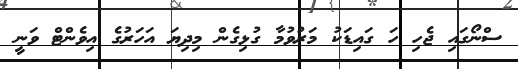
ސްނޯގައި ޖެހި ހަ ގައިޑަކު މަރުވުމާ ގުޅިގެން މިދިޔަ އަހަރުގެ އިވެންޓް ވަނީ